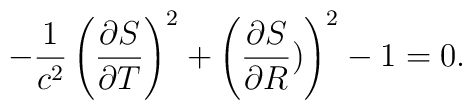
-\frac{1}{c^2}\left(\frac{\partial S}{\partial T}\right)^2 + \left(\frac{\partial S}{\partial R})\right)^2-1=0.